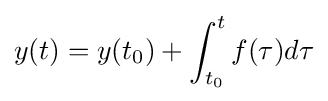
y(t)=y(t_{0})+\int _{t_{0}}^{t}f(\tau )d\tau